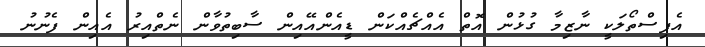
އެފިސްތޯލަކީ ނާޒިމާ ގުޅުން އޮތް އެއްޗެއްކަން ޑީއެންއޭއިން ސާބިތުވާން ނެތްއިރު އެއިން ފެނުނު